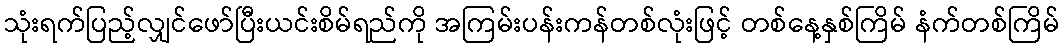
သုံးရက်ပြည့်လျှင်ဖော်ပြီးယင်းစိမ်ရည်ကို အကြမ်းပန်းကန်တစ်လုံးဖြင့် တစ်နေ့နှစ်ကြိမ် နံက်တစ်ကြိမ်